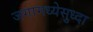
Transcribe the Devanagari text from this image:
जगामध्येसुध्दा